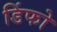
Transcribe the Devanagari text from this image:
डिंफो